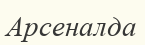
Арсеналда